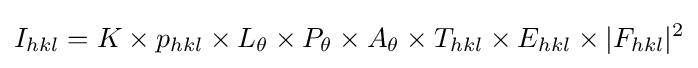
I_{hkl}=K\times p_{hkl}\times L_{\theta }\times P_{\theta }\times A_{\theta }\times T_{hkl}\times E_{hkl}\times |F_{hkl}|^{2}